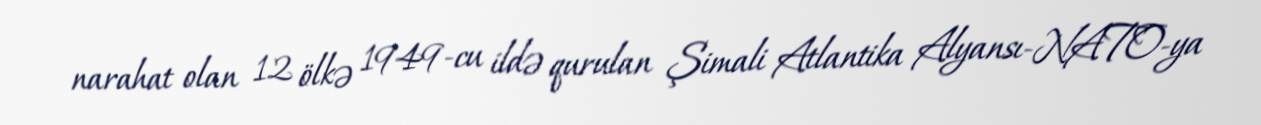
narahat olan 12 ölkə 1949-cu ildə qurulan Şimali Atlantika Alyansı-NATO-ya